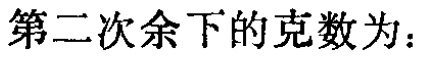
第二次余下的克数为：